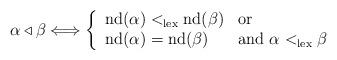
LaTeX: \begin{align*}\alpha\triangleleft\beta \Longleftrightarrow \left\{\begin{array}{ll} \mathrm{nd}(\alpha)<_{\mathrm{lex}} \mathrm{nd}(\beta) & \textnormal{or}\\\mathrm{nd}(\alpha)=\mathrm{nd}(\beta) & \textnormal{and}\ \alpha<_{\mathrm{lex}}\beta \end{array}\right.\end{align*}